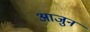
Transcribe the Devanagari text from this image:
आजुन